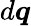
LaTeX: d\boldsymbol{q}